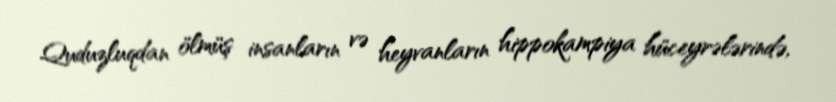
Quduzluqdan ölmüş insanların və heyvanların hippokampiya hüceyrələrində,